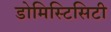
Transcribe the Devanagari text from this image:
डोमिस्टिसिटी